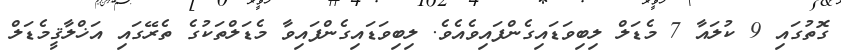
ގޮތުގައި 9 ކުލައާ 7 މެޑަލް ލިބިވަޑައިގެންފައިވެއެވެ. ލިބިވަޑައިގެންފައިވާ މެޑަލްތަކުގެ ތެރޭގައި އަޚްލާޤީމެޑަލް